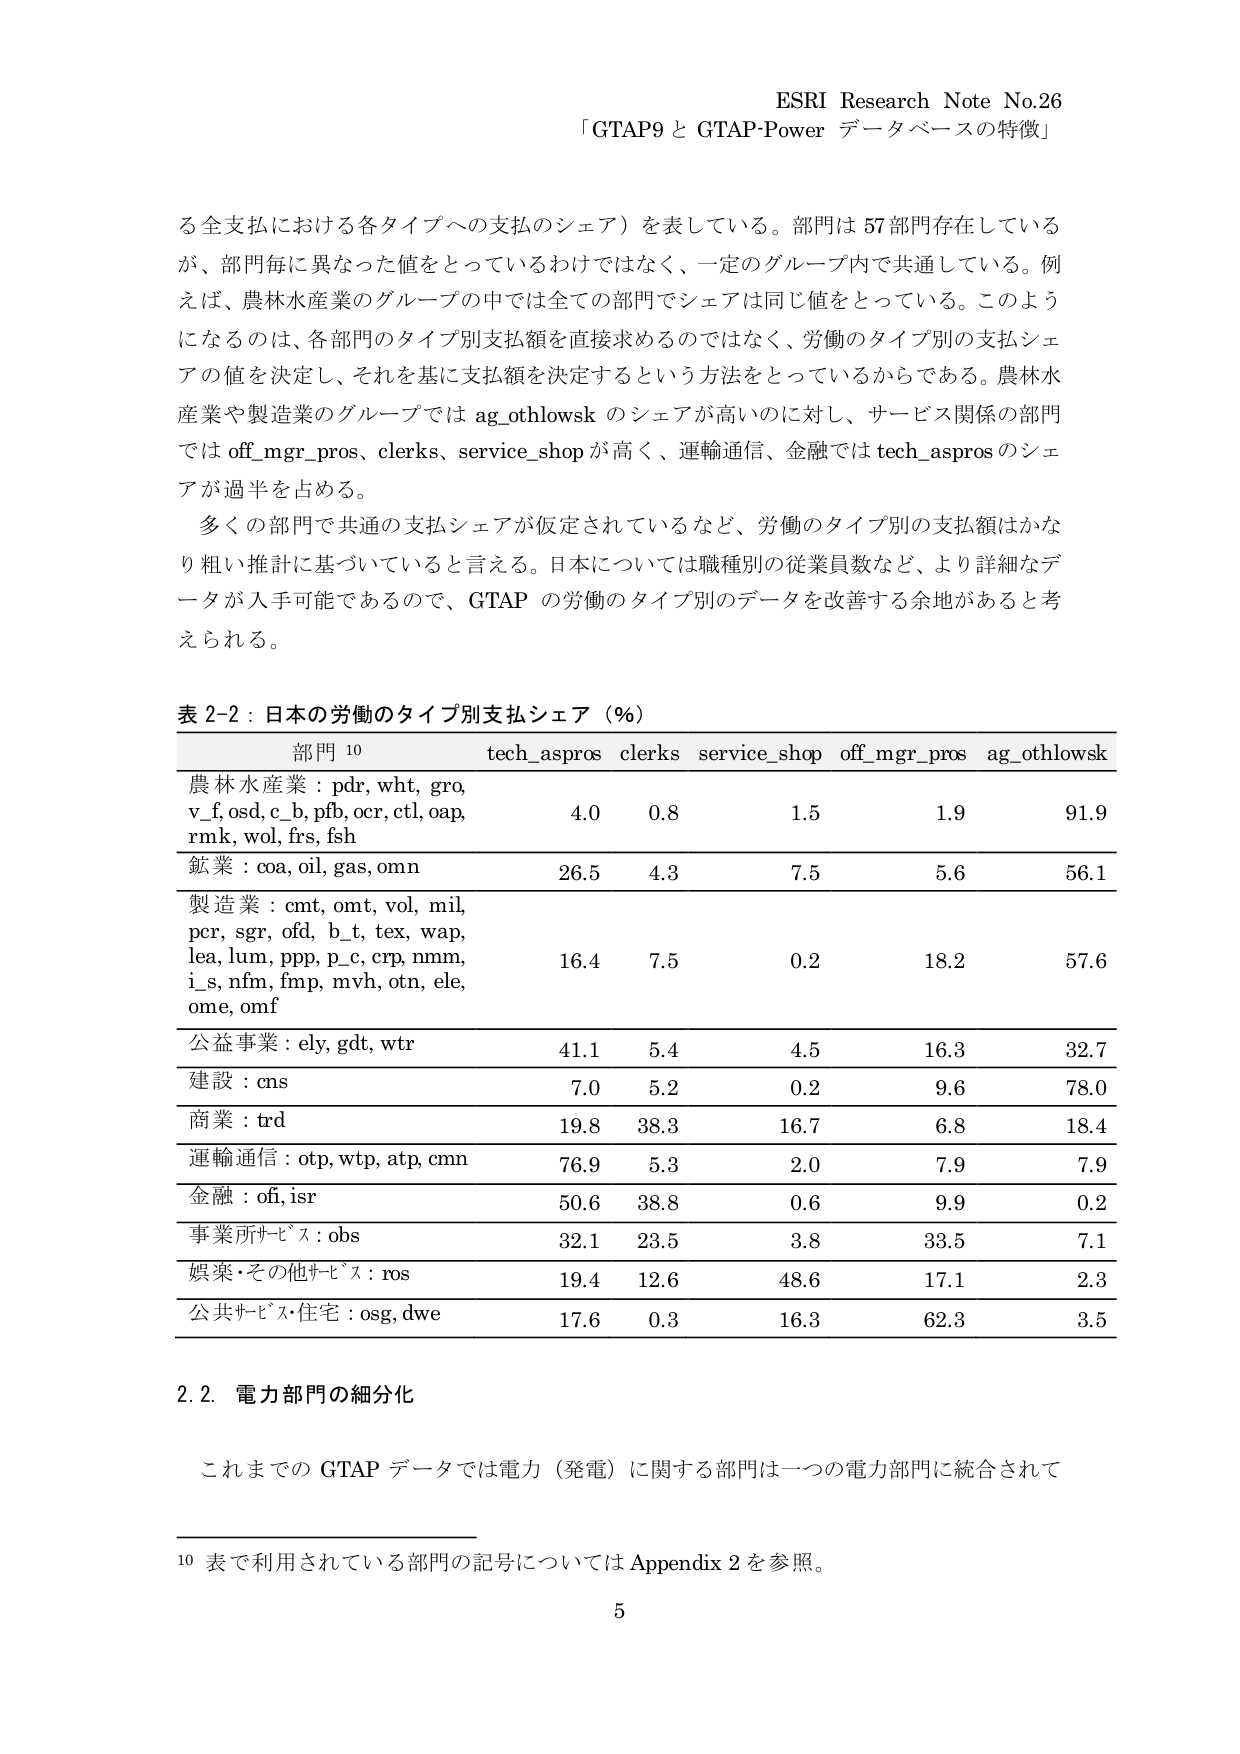
ESRI Research Note No.26
「GTAP9 と GTAP-Power データベースの特徴」

る全支払における各タイプへの支払のシェア）を表している。部門は 57 部門存在しているが、部門毎に異なった値をとっているわけではなく、一定のグループ内で共通している。例えば、農林水産業のグループの中では全ての部門でシェアは同じ値をとっている。このようになるのは、各部門のタイプ別支払額を直接求めるのではなく、労働のタイプ別の支払シェアの値を決定し、それを基に支払額を決定するという方法をとっているからである。農林水産業や製造業のグループでは ag_othlowsk のシェアが高いのに対し、サービス関係の部門では off_mgr_pros, clerks, service_shop が高く、運輸通信、金融では tech_aspros のシェアが過半を占める。

多くの部門で共通の支払シェアが仮定されているなど、労働のタイプ別の支払額はかなり粗い推計に基づいていると言える。日本については職種別の従業員数など、より詳細なデータが入手可能であるので、GTAP の労働のタイプ別のデータを改善する余地があると考えられる。

表 2-2：日本の労働のタイプ別支払シェア（％）

部門 10 tech_aspros clerks service_shop off_mgr_pros ag_othlowsk
農林水産業：pdr, wht, gro, v_f, osd, c_b, pfb, ocr, ctl, oap, rmk, wol, frs, fish 4.0 0.8 1.5 1.9 91.9
鉱業：coa, oil, gas, omn 26.5 4.3 7.5 5.6 56.1
製造業：cmt, omt, vol, mil, pcr, sgr, ofd, b_t, tex, wap, lea, lum, ppp, p_c, crp, nmm, i_s, nfm, fmp, mvh, otn, ele, ome, omf 16.4 7.5 0.2 18.2 57.6
公益事業：ely, gdt, wtr 41.1 5.4 4.5 16.3 32.7
建設：cns 7.0 5.2 0.2 9.6 78.0
商業：trd 19.8 38.3 16.7 6.8 18.4
運輸通信：otp, wtp, atp, cmn 76.9 5.3 2.0 7.9 7.9
金融：ofi, isr 50.6 38.8 0.6 9.9 0.2
事業所サービス：obs 32.1 23.5 3.8 33.5 7.1
娯楽・その他サービス：ros 19.4 12.6 48.6 17.1 2.3
公共サービス・住宅：osg, dwe 17.6 0.3 16.3 62.3 3.5

2.2. 電力部門の細分化

これまでの GTAP データでは電力（発電）に関する部門は一つの電力部門に統合されて

10 表で利用されている部門の記号については Appendix 2 を参照。

5